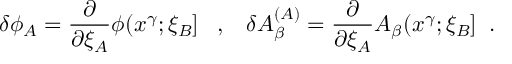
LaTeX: \delta \phi _ { A } = \frac { \partial } { \partial \xi _ { A } } \phi ( x ^ { \gamma } ; \xi _ { B } ] \; \; \; , \; \; \; \delta A _ { \beta } ^ { ( A ) } = \frac { \partial } { \partial \xi _ { A } } A _ { \beta } ( x ^ { \gamma } ; \xi _ { B } ] \; \; .